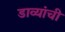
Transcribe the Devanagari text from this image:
डाव्यांची